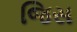
જિસ